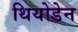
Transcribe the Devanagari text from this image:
थियोडेन